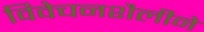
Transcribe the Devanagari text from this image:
विवेचनशैलीने